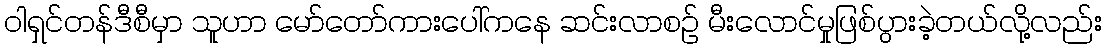
ဝါရှင်တန်ဒီစီမှာ သူဟာ မော်တော်ကားပေါ်ကနေ ဆင်းလာစဉ် မီးလောင်မှုဖြစ်ပွားခဲ့တယ်လို့လည်း